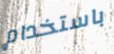
باستخدام